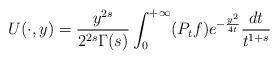
LaTeX: \begin{align*}U (\cdot ,y)= \frac{y^{2s}}{2^{2s}\Gamma(s) }\int_0^{+\infty} (P_t f) e^{-\frac{y^2}{4t}} \frac{dt}{t^{1+s}} \end{align*}